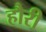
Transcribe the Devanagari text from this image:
हौरी